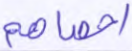
أحصاهم